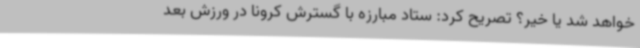
خواهد شد یا خیر؟ تصریح کرد: ستاد مبارزه با گسترش کرونا در ورزش بعد